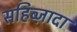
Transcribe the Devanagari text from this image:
सहिब्ज़ादा